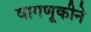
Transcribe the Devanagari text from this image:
वागणूकीने